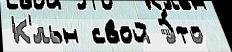
К'́льн свой Э́то